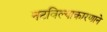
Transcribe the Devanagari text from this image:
नटविल्याकारणाने